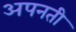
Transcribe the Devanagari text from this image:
अपनती